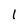
Character: 1